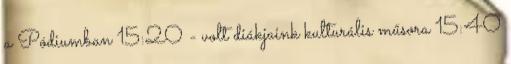
a Pódiumban 15:20 - volt diákjaink kulturális műsora 15:40